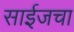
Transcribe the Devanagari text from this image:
साईजचा